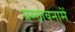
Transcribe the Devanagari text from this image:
प्रस्‍तावनामें